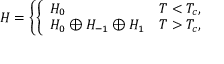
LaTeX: H = \left\{ \left\{ \begin{array} { l l } { { H _ { 0 } } } & { { T < T _ { c } , } } \\ { { H _ { 0 } \oplus H _ { - 1 } \oplus H _ { 1 } } } & { { T > T _ { c } , } } \end{array} \right. \right.